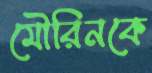
মৌরিনকে